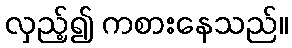
လှည့်၍ ကစားနေသည်။